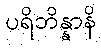
ပရိဘိန္နာနိ